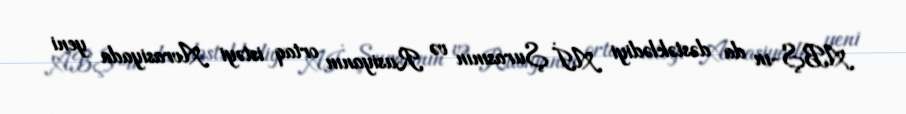
ABŞ-ın da dəstəklədiyi Aİ Şurasının və Rusiyanın ortaq istəyi Avrasiyada yeni